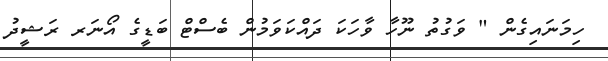
ހިމަނައިގެން " ވަގުތު ނޫހާ ވާހަކަ ދައްކަވަމުން ބެސްޓް ބަޑީގެ އޯނަރ ރަޝީދު